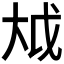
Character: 𫯢